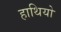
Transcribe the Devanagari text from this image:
हाथियो